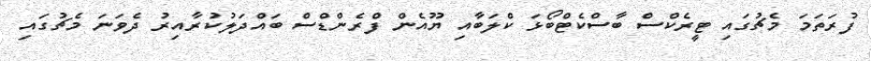
ފުރަތަމަ މެޗުގައި ޓީރެކްސް ބާސްކެޓްބޯޅަ ކްލަބާއި ޔޫއެން ފްރެންޑްސް ބައްދަލުކުރާއިރު ދެވަނަ މެޗުގައި